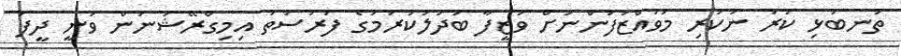
ތުނބުޅި ކުރު ނުކުރި މުވައްޒަފުންނަށް ވަޒީފާ ބަދަލުކުރުމުގެ ފުރުސަތު އިމިގްރޭޝަނުން ވަނީ ދީފަ